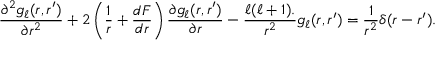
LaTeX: { \frac { \partial ^ { 2 } g _ { \ell } ( r , r ^ { \prime } ) } { \partial r ^ { 2 } } } + 2 \left( { \frac { 1 } { r } } + { \frac { d F } { d r } } \right) { \frac { \partial g _ { \ell } ( r , r ^ { \prime } ) } { \partial r } } - { \frac { { \ell ( \ell + 1 ) } . } { r ^ { 2 } } } g _ { \ell } ( r , r ^ { \prime } ) = { \frac { 1 } { r ^ { 2 } } } \delta ( r - r ^ { \prime } ) .